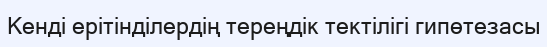
Кенді ерітінділердің тереңдік тектілігі гипөтезасы